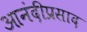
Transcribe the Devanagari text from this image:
आनंदीप्रसाद